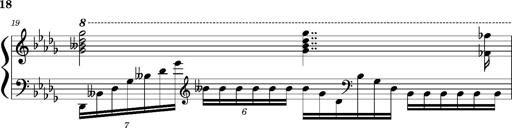
Title: Concerto sans orchestre, S.524a
Composer: Franz Liszt
Key: A major